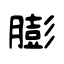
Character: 膨